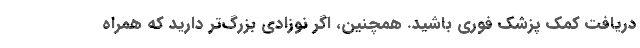
دریافت کمک پزشک فوری باشید. همچنین، اگر نوزادی بزرگ‌تر دارید که همراه